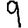
Digit: 9